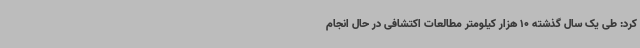
کرد: طی یک سال گذشته 10 هزار کیلومتر مطالعات اکتشافی در حال انجام